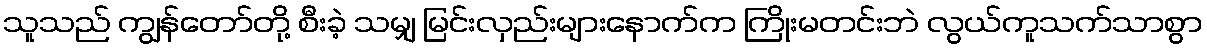
သူသည် ကျွန်တော်တို့ စီးခဲ့ သမျှ မြင်းလှည်းများနောက်က ကြိုးမတင်းဘဲ လွယ်ကူသက်သာစွာ